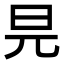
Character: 㫕